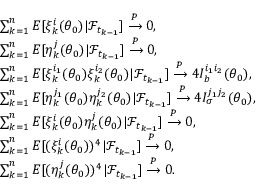
\begin{array} { r l } & { \sum _ { k = 1 } ^ { n } E [ \xi _ { k } ^ { i } ( \theta _ { 0 } ) | \mathcal { F } _ { t _ { k - 1 } } ] \xrightarrow { P } 0 , } \\ & { \sum _ { k = 1 } ^ { n } E [ \eta _ { k } ^ { j } ( \theta _ { 0 } ) | \mathcal { F } _ { t _ { k - 1 } } ] \xrightarrow { P } 0 , } \\ & { \sum _ { k = 1 } ^ { n } E [ \xi _ { k } ^ { i _ { 1 } } ( \theta _ { 0 } ) \xi _ { k } ^ { i _ { 2 } } ( \theta _ { 0 } ) | \mathcal { F } _ { t _ { k - 1 } } ] \xrightarrow { P } 4 I _ { b } ^ { i _ { 1 } i _ { 2 } } ( \theta _ { 0 } ) , } \\ & { \sum _ { k = 1 } ^ { n } E [ \eta _ { k } ^ { j _ { 1 } } ( \theta _ { 0 } ) \eta _ { k } ^ { j _ { 2 } } ( \theta _ { 0 } ) | \mathcal { F } _ { t _ { k - 1 } } ] \xrightarrow { P } 4 I _ { \sigma } ^ { j _ { 1 } j _ { 2 } } ( \theta _ { 0 } ) , } \\ & { \sum _ { k = 1 } ^ { n } E [ \xi _ { k } ^ { i } ( \theta _ { 0 } ) \eta _ { k } ^ { j } ( \theta _ { 0 } ) | \mathcal { F } _ { t _ { k - 1 } } ] \xrightarrow { P } 0 , } \\ & { \sum _ { k = 1 } ^ { n } E [ ( \xi _ { k } ^ { i } ( \theta _ { 0 } ) ) ^ { 4 } | \mathcal { F } _ { t _ { k - 1 } } ] \xrightarrow { P } 0 , } \\ & { \sum _ { k = 1 } ^ { n } E [ ( \eta _ { k } ^ { j } ( \theta _ { 0 } ) ) ^ { 4 } | \mathcal { F } _ { t _ { k - 1 } } ] \xrightarrow { P } 0 . } \end{array}